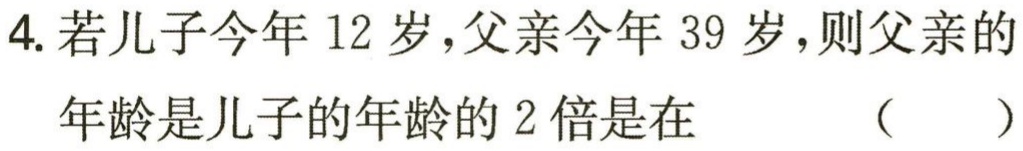
4. 若儿子今年 12 岁，父亲今年 39 岁，则父亲的

年龄是儿子的年龄的 2 倍是在 （  ）